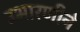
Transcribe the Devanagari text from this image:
उभारणीने